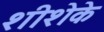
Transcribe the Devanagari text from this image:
शीशेके